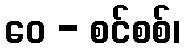
ဝေ - စင်စစ်၊